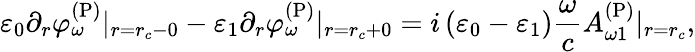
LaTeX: \varepsilon_{0}\partial_{r}\varphi_{\omega}^{\mathrm{(P)}}|_{r=r_{c}-0}-\varepsilon_{1}\partial_{r}\varphi_{\omega}^{\mathrm{(P)}}|_{r=r_{c}+0}=i\left(\varepsilon_{0}-\varepsilon_{1}\right)\frac{\omega}{c}A_{\omega 1}^{\mathrm{(P)}}|_{r=r_{c}},